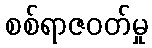
စစ်ရာဇဝတ်မှု